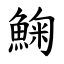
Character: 䱡